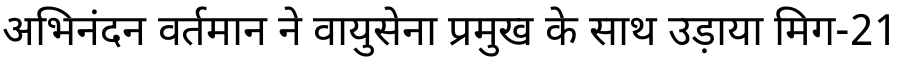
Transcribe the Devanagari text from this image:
अभिनंदन वर्तमान ने वायुसेना प्रमुख के साथ उड़ाया मिग-21